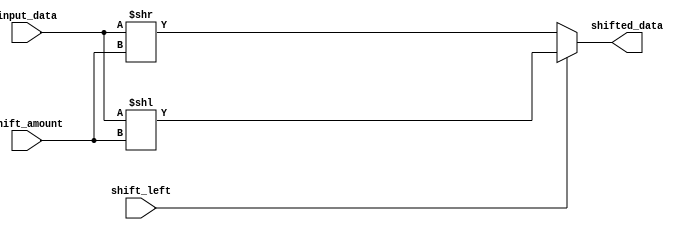
module barrel_shifter (
    input wire [num_bits-1:0] input_data,
    input wire shift_left,
    input wire [num_bits-1:0] shift_amount,
    output reg [num_bits-1:0] shifted_data
);

parameter num_bits = 8;

always @(*) begin
    if (shift_left) begin
        shifted_data = input_data << shift_amount;
    end else begin
        shifted_data = input_data >> shift_amount;
    end
end    

endmodule